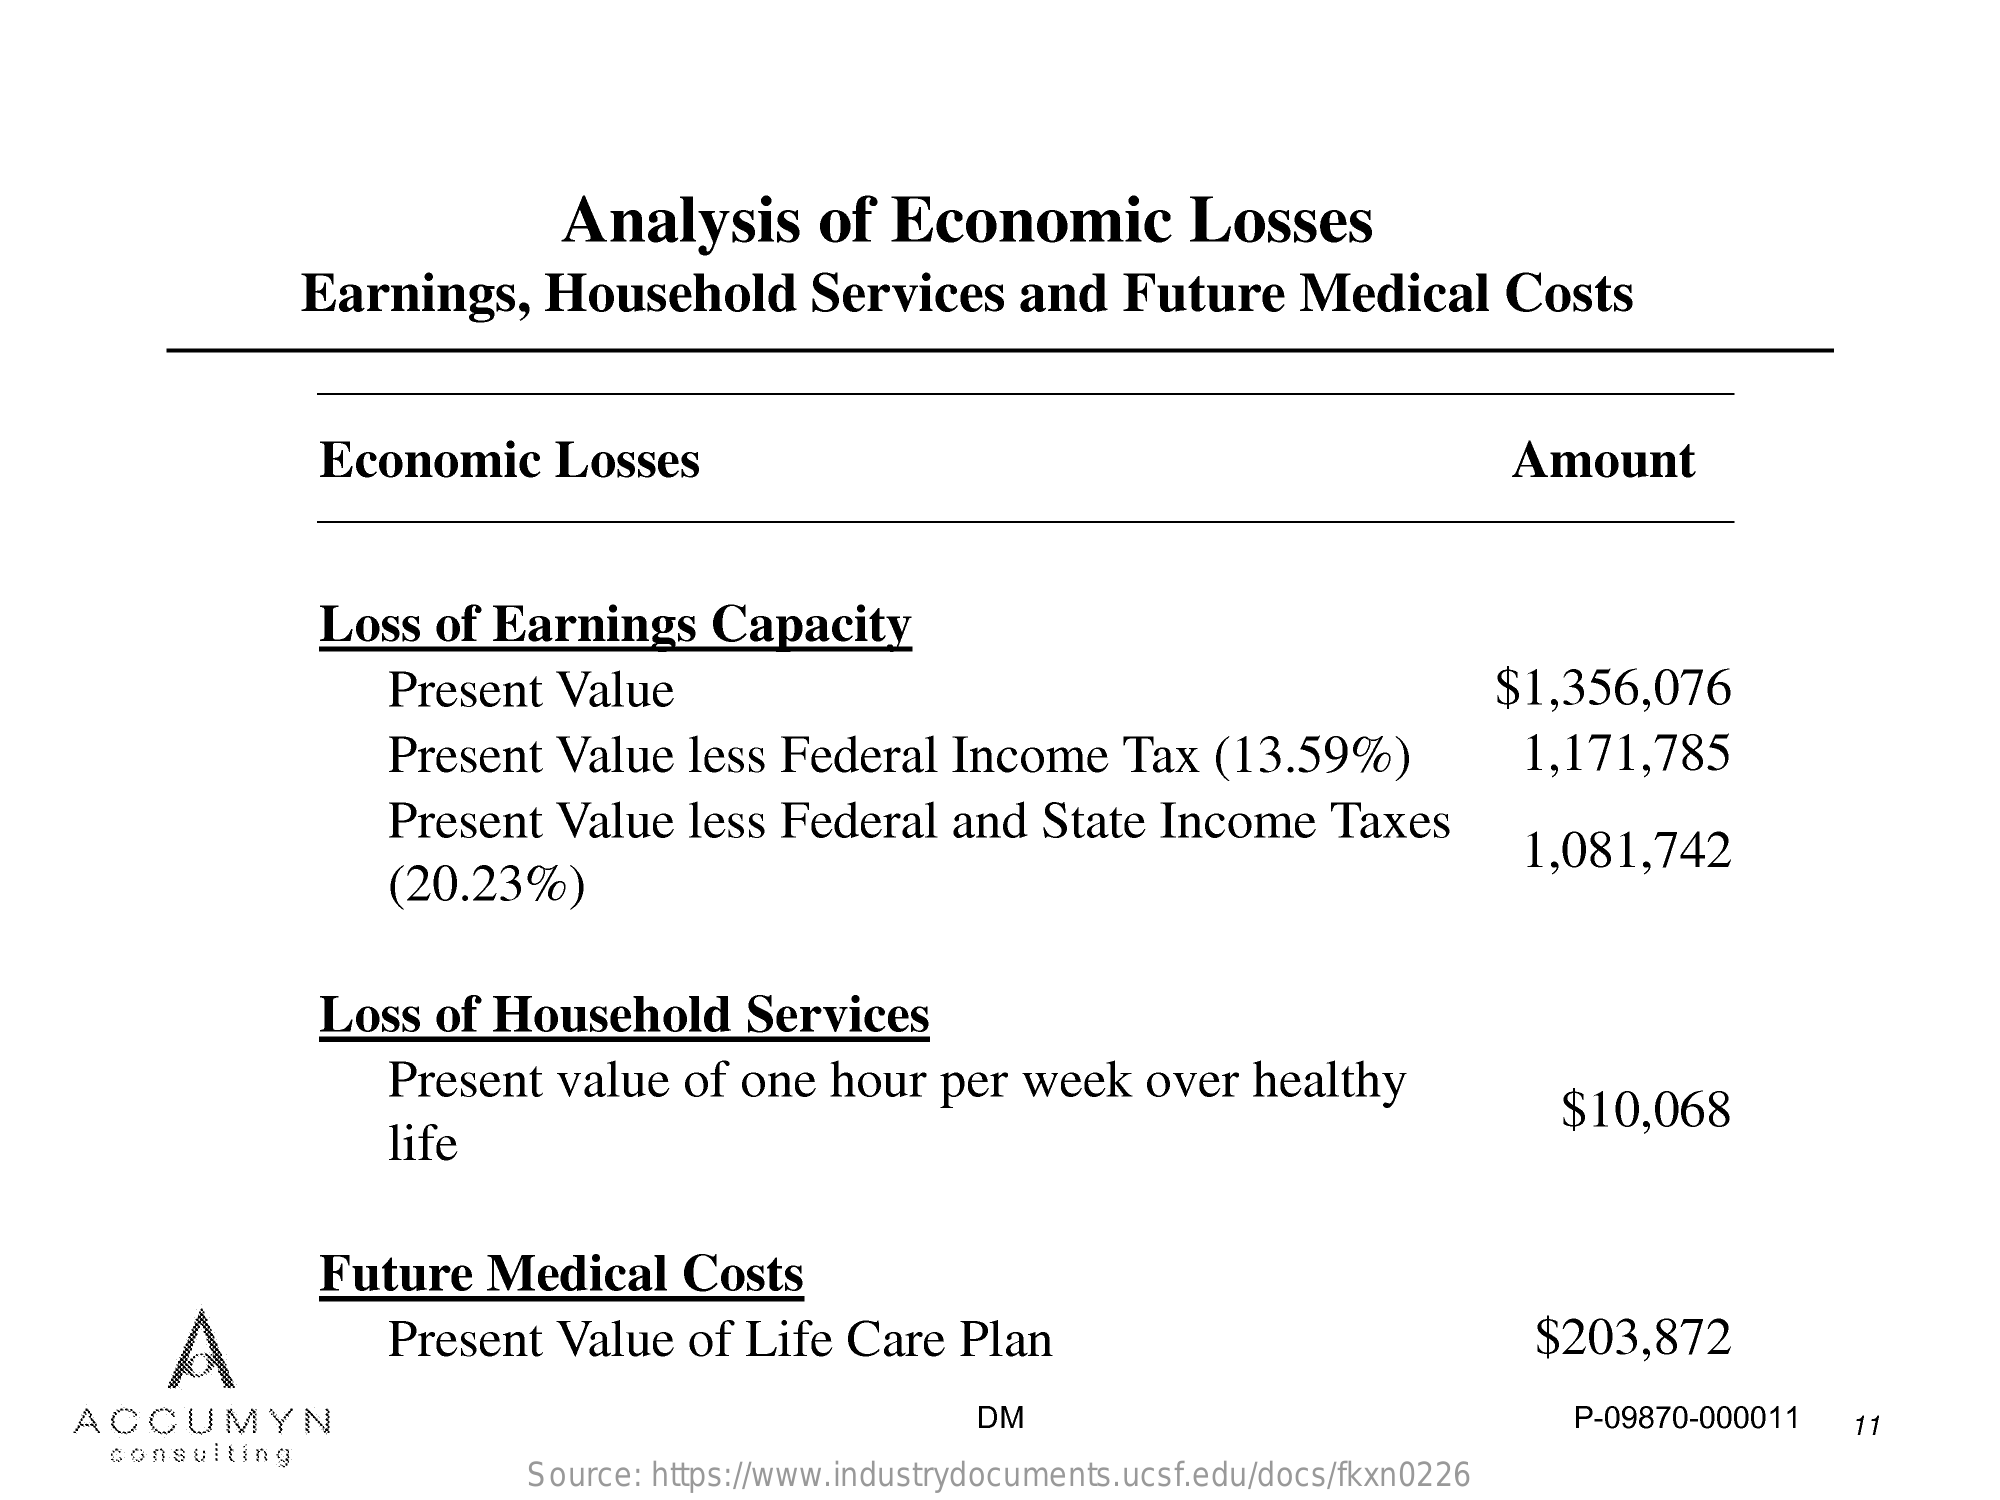
Analysis    of   Economic    Losses
     Earnings,    Household    Services    and   Future    Medical    Costs
     Economic    Losses    Amount
     Loss   of  Earnings    Capacity
     Present   Value    $1,356,076
     Present   Value   less  Federal    Income    Tax   (13.59%)    1,171,785
     Present    Value   less  Federal    and  State   Income    Taxes
     (20.23%)
     1,081,742
     Loss   of  Household    Services
     Present   value   of one   hour   per  week    over  healthy
     life
     $10,068
     Future    Medical    Costs
     A    Present   Value   of  Life  Care   Plan    $203,872
     ACCUMYN    DM    P-09870-000011   11
     consulting
     Source: https://www.industrydocuments.ucsf.edu/docs/fkxn0226